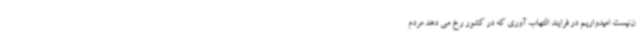
ن‌نیست امیدواریم در فرایند التهاب آوری که در کشور رخ می دهد مردم‌